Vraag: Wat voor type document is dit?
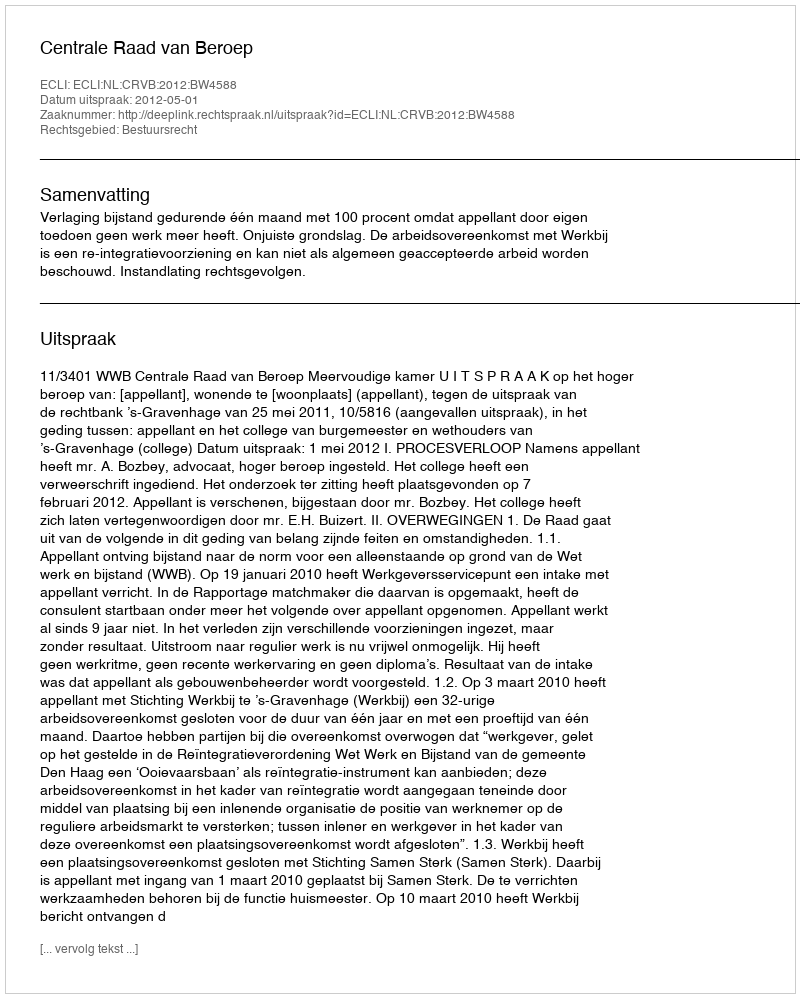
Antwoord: Uitspraak